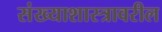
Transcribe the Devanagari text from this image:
संख्याशास्त्रावरील